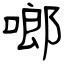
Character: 啷